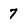
Character: 7